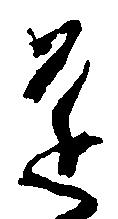
遠